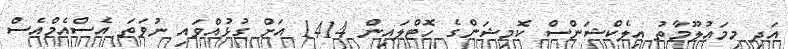
އަދި މިމަޢުލޫމާތު އިލެކްޝަންސް ކޮމިޝަންގެ ހޮޓްލައިން 1414 އަށް ގުޅުއްވައި ނުވަތަ އެސްއެމްއެސް